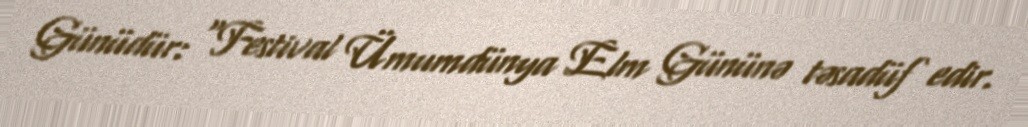
Günüdür: “Festival Ümumdünya Elm Gününə təsadüf edir.